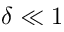
\delta \ll 1